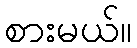
စားမယ်။